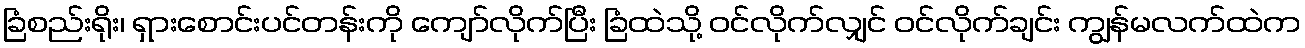
ခြံစည်းရိုး၊ ရှားစောင်းပင်တန်းကို ကျော်လိုက်ပြီး ခြံထဲသို့ ဝင်လိုက်လျှင် ဝင်လိုက်ချင်း ကျွန်မလက်ထဲက